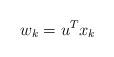
\begin{align*}w_{k}=u^{T}x_{k} \end{align*}